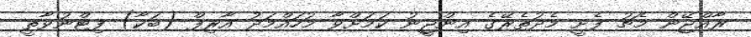
ރާއްޖޭން މެޗު ފެށީ މެދުތެރޭގެ އިންޖީނު ކަމަށްވާ މުހައްމަދު އާރިފް (ބަކާ) ފިޓްނުވާތީ